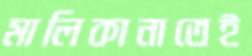
মালিকানাতেই